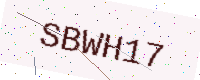
Text: SBWH17